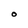
Character: O